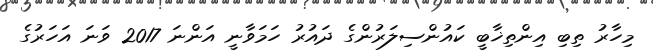
މިހާރު ތިބި އިންތިޚާބީ ކައުންސިލަރުންގެ ދައުރު ހަމަވާނީ އަންނަ 2017 ވަނަ އަހަރުގެ